Insane asylums in Bengal annual reports 1876-1887 - 1876-1887
Year: 1876
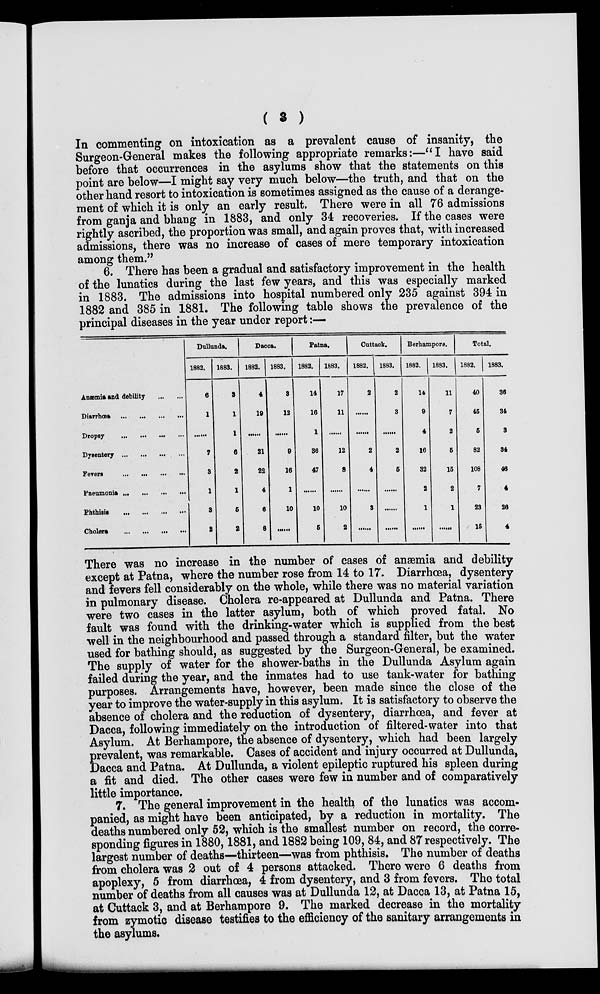
( 3 )
In commenting on intoxication as a prevalent cause of insanity, the
Surgeon-General makes the following appropriate remarks:—"I have said
before that occurrences in the asylums show that the statements on this
point are below—I might say very much below—the truth, and that on the
other hand resort to intoxication is sometimes assigned as the cause of a derange-
ment of which it is only an early result. There were in all 76 admissions
from ganja and bhang in 1883, and only 34 recoveries. If the cases were
rightly ascribed, the proportion was small, and again proves that, with increased
admissions, there was no increase of cases of mere temporary intoxication
among them."
6. There has been a gradual and satisfactory improvement in the health
of the lunatics during the last few years, and this was especially marked
in 1883. The admissions into hospital numbered only 235 against 394 in
1882 and 385 in 1881. The following table shows the prevalence of the
principal diseases in the year under report:—
Anæmia and debility
...
...
Diarrhœa
...
...
...
...
Dropsy ... ... ... ...
Dysentery ... ... ... ...
Fevers
...
...
...
...
Pneumonia
...
...
...
...
Phthisis
...
...
...
...
Cholera ... ... ... ...
Dullunda.
1882.
6
1
......
7
3
1
3
2
1883.
3
1
1
6
2
1
5
2
Dacca.
1882.
4
19
......
21
22
4
6
8
1883.
3
12
......
9
16
1
10
......
Patna.
1882.
14
16
1
36
47
......
10
5
1883.
17
11
......
12
8
......
10
2
Cuttack.
1882.
2
......
......
2
4
3
......
1883.
2
3
......
2
5
......
......
......
Berhampore.
1882.
14
9
4
16
32
2
1
......
1883.
11
7
2
5
15
2
1
......
Total.
1882.
40
45
5
82
108
7
23
15
1883.
36
34
3
34
46
4
26
4
There was no increase in the number of cases of anæmia and debility
except at Patna, where the number rose from 14 to 17. Diarrhœa, dysentery
and fevers fell considerably on the whole, while there was no material variation
in pulmonary disease. Cholera re-appeared at Dullunda and Patna. There
were two cases in the latter asylum, both of which proved fatal. No
fault was found with the drinking-water which is supplied from the best
well in the neighbourhood and passed through a standard filter, but the water
used for bathing should, as suggested by the Surgeon-General, be examined.
The supply of water for the shower-baths in the Dullunda Asylum again
failed during the year, and the inmates had to use tank-water for bathing
purposes. Arrangements have, however, been made since the close of the
year to improve the water-supply in this asylum. It is satisfactory to observe the
absence of cholera and the reduction of dysentery, diarrhœa, and fever at
Dacca, following immediately on the introduction of filtered-water into that
Asylum. At Berhampore, the absence of dysentery, which had been largely
prevalent, was remarkable. Cases of accident and injury occurred at Dullunda,
Dacca and Patna. At Dullunda, a violent epileptic ruptured his spleen during
a fit and died. The other cases were few in number and of comparatively
little importance.
7. The general improvement in the health of the lunatics was accom-
panied, as might have been anticipated, by a reduction in mortality. The
deaths numbered only 52, which is the smallest number on record, the corre-
sponding figures in 1880, 1881, and 1882 being 109, 84, and 87 respectively. The
largest number of deaths—thirteen—was from phthisis. The number of deaths
from cholera was 2 out of 4 persons attacked. There were 6 deaths from
apoplexy, 5 from diarrhœa, 4 from dysentery, and 3 from fevers. The total
number of deaths from all causes was at Dullunda 12, at Dacca 13, at Patna 15,
at Cuttack 3, and at Berhampore 9. The marked decrease in the mortality
from zymotic disease testifies to the efficiency of the sanitary arrangements in
the asylums.